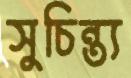
সুচিন্ত্য